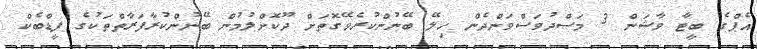
އެޕްގެ ބީޓާ ވާޝަން 3 މަސްދުވަސްވަންދެން ހިލޭ ބޭނުންކުރެވޭގޮތަށް ދޫކޮށްލުމުން ބޭނުންކުރާފަރާތްތަކުގެ ފީޑްބެކް